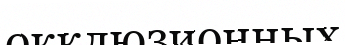
окклюзионных